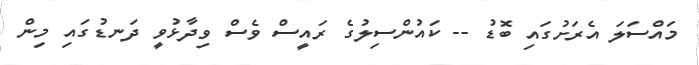
މައްސަލަ އެރަށުގައި ބޮޑު -- ކައުންސިލުގެ ރައީސް ވެސް ވިދާޅުވީ ދަނޑުގައި މިން